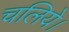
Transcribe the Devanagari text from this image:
चलिये।